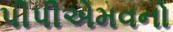
પીપીએમવનો